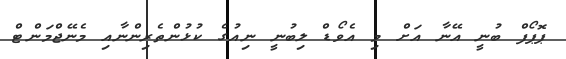
ޕޮޕޯފް ބުނީ އޭނާ އަށް މި އެވޯޑް ލިބުނީ ނިއުގެ ކުޅުންތެރިންނާއި މެނޭޖްމަންޓް